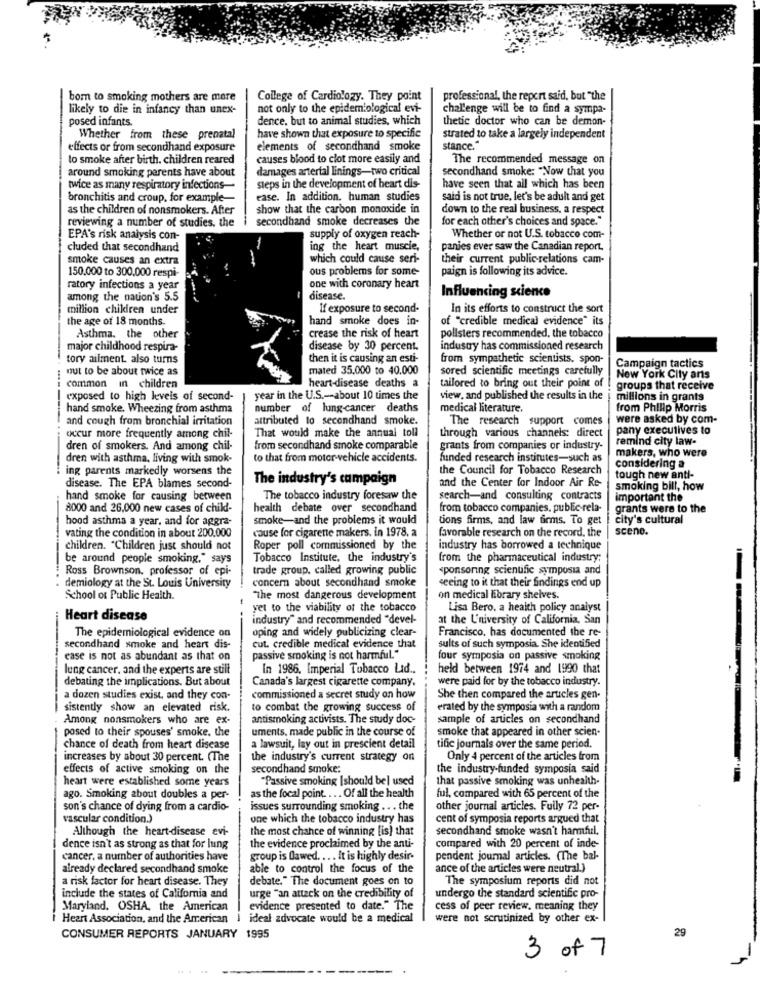
bom to smoking mothers are more
College of Cardiology. They point
professional, the report said, but "the
likely to die in infancy than unex-
not only to the epidemiological evi-
challenge will be to find a sympa-
posed infants.
dence, but to animal studies, which
thetic doctor who can be demon-
have shown that exposure to specific
Whether from these prenatal
strated to take a largely independent
effects or from secondhand exposure
elements of secondhand smoke
stance."
to smoke after birth. children reared
causes blood to clot more easily and
The recommended message on
around smoking parents have about
damages arterial linings-two critical
secondhand smoke: "Now that you
twice as many respiratory infections-
steps in the development of beart dis-
have seen that all which has been
bronchitis and croup, for example-
ease. In addition. human studies
said is not true, let's be adult and get
as the children of nonsmokers. After
show that the carbon monoxide in
down to the real business, a respect
secondhand smoke decreases the
for each other's choices and space."
reviewing a number of studies, the
EPA's risk analysis con-
supply of oxygen reach-
Whether or not U.S. tobacco com-
cluded that secondhand
ing the heart muscle,
panies ever saw the Canadian report.
smoke causes an extra
which could cause seri-
their current public-relations cam-
150,000 to 300,000 respi-
ous problems for some-
paign is following its advice.
ratory infections a year
one with coronary heart
among the nation's 5.5
disease.
Influencing science
million children under
If exposure to second-
In its efforts to construct the sort
the age of 18 months.
hand smoke does in-
of "credible medical evidence" its
Asthma. the other
crease the risk of heart
pollsters recommended, the tobacco
major childhood respira-
disease by 30 percent.
industry has commissioned research
tory ailment. also turns
then it is causing an esti-
from sympathetic scientists. spon-
Campaign tactics
out to be about twice as
mated 35.000 to 40.000
sored scientific meetings carefully
heart-disease deaths a
New York City ans
common in children
tailored to bring out their point of
groups that receive
exposed to high levels of second-
year in the U.S .-- about 10 times the
view, and published the results in the
millions in grants
hand smoke. Wheezing from asthma
number of lung cancer deaths
medical literature.
from Philip Morris
and cough from bronchial irritation
attributed to secondhand smoke.
The research support comes
were asked by com-
pany executives to
occur more frequently among chil-
That would make the annual toll
through various channels: direct
remind city law-
dren of smokers. And among chil-
from secondhand smoke comparable
grants from companies or industry-
makers, who were
dren with asthma, living with smok-
to that from motor vehicle accidents.
funded research institutes-such as
ing parents markedly worsens the
the Council for Tobacco Research
considering a
The industry's campaign
and the Center for Indoor Air Re-
tough new anti-
disease. The EPA blames second-
smoking bill, how
hand smoke for causing between
The tobacco industry foresaw the
search-and consulting contracts
important the
8000 and 26.000 new cases of child-
health debate over secondhand
from tobacco companies, public rela-
grants were to the
hood asthma a year, and for aggra-
smoke-and the problems it would
tions firms, and law firms. To get
city's cultural
cause for cigarette makers. in 1978, a
favorable research on the record, the
scene.
vating the condition in about 200.000
children. "Children just should not
Roper poll commissioned by the
industry has borrowed a technique
be around people smoking," says
Tobacco Institute, the industry's
from the pharmaceutical industry;
Ross Brownson, professor of epi-
trade group, called growing public
sponsoring scientific symposia and
concern about secondhand smoke
seeing to it that their findings end up
demiology at the St. Louis University
School of Public Health.
"The most dangerous development
on medical library shelves.
yet to the viability of the tobacco
Lisa Bero. a health policy analyst
Heart disease
industry" and recommended "devel-
at the University of California, San
oping and widely publicizing clear-
Francisco, has documented the re-
The epidemiological evidence on
secondhand smoke and heart dis-
cut. credible medical evidence that
sults of such symposia. She identified
ease is not as abundant as that on
passive smoking is not harmful."
four symposia on passive smoking
lung cancer. and the experts are still
In 1986. Imperial Tobacco Lid ..
held between 1974 and 1990 that
debating the implications. But about
Canada's largest cigarette company.
were paid for by the tobacco industry.
a dozen studies exist, and they con-
commissioned a secret study on how
She then compared the articles gen-
sistently show an elevated risk.
to combat the growing success of
erated by the symposia with a random
Among nonsmokers who are ex-
antismoking activists. The study doc-
sample of articles on secondhand
posed to their spouses' smoke, the
uments, made public in the course of
smoke that appeared in other scien.
chance of death from heart disease
a lawsuit, lay out in prescient detail
tific journals over the same period.
increases by about 30 percent. (The
the industry's current strategy on
Only 4 percent of the articles from
effects of active smoking on the
secondhand smoke:
the industry-funded symposia said
heart were established some years
"Passive smoking |should be] used
that passive smoking was unhealth-
as the focal point. ... Of all the health
ago. Smoking about doubles a per-
ful, compared with 65 percent of the
son's chance of dying from a cardio-
issues surrounding smoking .. . the
other journal articles. Fully 72 per-
vascular condition.)
one which the tobacco industry has
cent of symposia reports argued that
Although the heart-disease evi-
the most chance of winning [is) that
secondhand smoke wasn't harmful.
dence isn't as strong as that for lung
the evidence proclaimed by the anti-
compared with 20 percent of inde-
cancer, a number of authorities have
group is flawed. ... It is highly desir-
pendent journal articles. (The bal-
already declared secondhand smoke
able to control the focus of the
ance of the articles were neutral.)
a risk factor for heart disease. They
debate." The document goes on to
The symposium reports did not
include the states of California and
urge "an attack on the credibility of
undergo the standard scientific pro-
Maryland, OSHA, the American
evidence presented to date." The
cess of peer review, meaning they
i Heart Association, and the American | ideal advocate would be a medical
were not scrutinized by other ex-
CONSUMER REPORTS JANUARY 1995
29
3 of 7